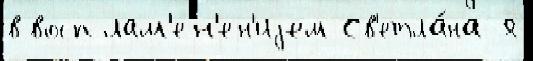
в восплам'ен'ен'иjем Св'етла́на я